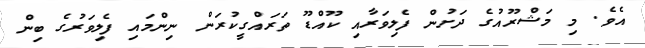
އެވެ. މި މަޝްރޫއުގެ ދަށުން ފެލިވަރާއި ކޫއްޑޫ ތަރައްގީކުރަން ނިންމައި ފެލިވަރުގެ ބިން